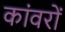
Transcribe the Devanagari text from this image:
कांवरों